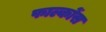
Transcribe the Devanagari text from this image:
फाल्कोंस